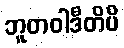
ဘူတဝါဒီတိပိ